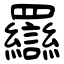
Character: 羉